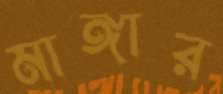
মাঙ্গার